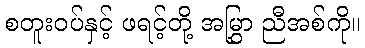
စတူးဝပ်နှင့် ဖရင့်တို့ အမြွှာ ညီအစ်ကို။